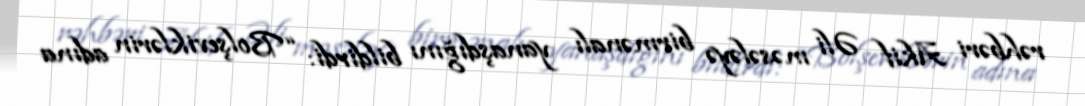
rəhbəri Akif Əli məsələyə birmənalı yanaşdığını bildirdi: “Bolşeviklərin adına